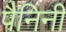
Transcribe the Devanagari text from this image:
पैनिनी